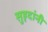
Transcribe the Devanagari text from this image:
सुहृदांनी